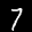
Label: 7